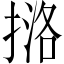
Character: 𪮔